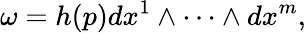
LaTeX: \omega=h(p)dx^{1}\wedge\cdots\wedge dx^{m},